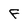
Character: F